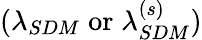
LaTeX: (\lambda_{SDM}\; \mathrm{or}\; \lambda_{SDM}^{(s)})